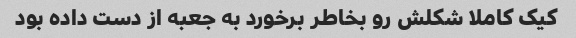
کیک کاملا شکلش رو بخاطر برخورد به جعبه از دست داده بود